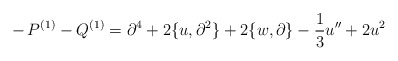
\begin{align*}-\,P^{(1)} - Q^{(1)} = \partial^4 + 2 \{u,\partial^2 \} + 2 \{w , \partial \} - \frac{1}{3} u'' + 2 u^2\end{align*}